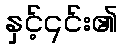
နှင့်၎င်း၏